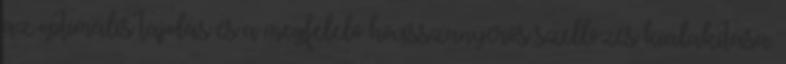
az optimális tájolás és a megfelelő hővisszanyerős szellőzés kialakítása.